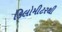
કિલોમીટરથી